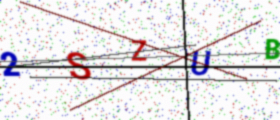
Text: 2SZUB